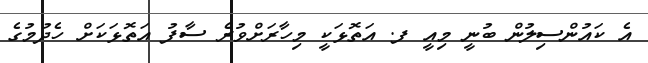
އެ ކައުންސިލުން ބުނީ މިއީ ފ. އަތޮޅަކީ މިހާރަށްވުރެ ސާފު އަތޮޅަކަށް ހެދުމުގެ